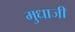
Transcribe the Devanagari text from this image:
मुधाजी